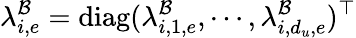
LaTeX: \lambda_{i,e}^{\mathcal{B}}=\mathrm{{diag}}(\lambda_{i,1,e}^{\mathcal{B}},\cdots,\lambda_{i,d_{u},e}^{\mathcal{B}})^{\top}